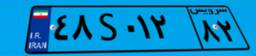
۰۱S۳۴۷۷۷